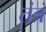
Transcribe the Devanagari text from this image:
तंत्रं